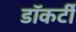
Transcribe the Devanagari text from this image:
डॉकर्टी